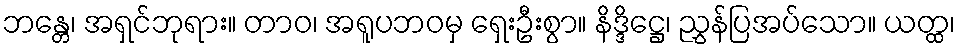
ဘန္တေ၊ အရှင်ဘုရား။ တာဝ၊ အရူပဘဝမှ ရှေးဦးစွာ။ နိဒ္ဒိဋ္ဌေ၊ ညွှန်ပြအပ်သော။ ယတ္ထ၊